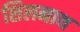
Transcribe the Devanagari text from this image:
शिलनाथ